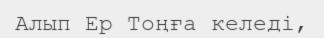
Алып Ер Тоңға келеді,